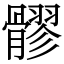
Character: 髎